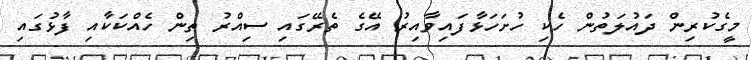
މީގެކުރިން ދައުލަތުން ހެކި ހުށަހަޅާފައިވާއިރު އޭގެ ތެރޭގައި ސިއްރު ތިން ހެއްކަކާއި ފާޅުގައި